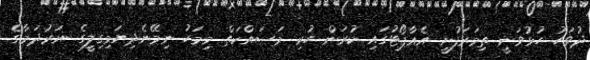
ދުވަހު ހުޅުވަނީ ތިމަރަފުށީ އެއާޕޯޓުގައި ކުރަން ހުރި މަސައްކަތް މިމަހު ނިމޭނެދިޔަމިގިލީގެ ނަރުދަމާގެ